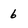
Character: 6